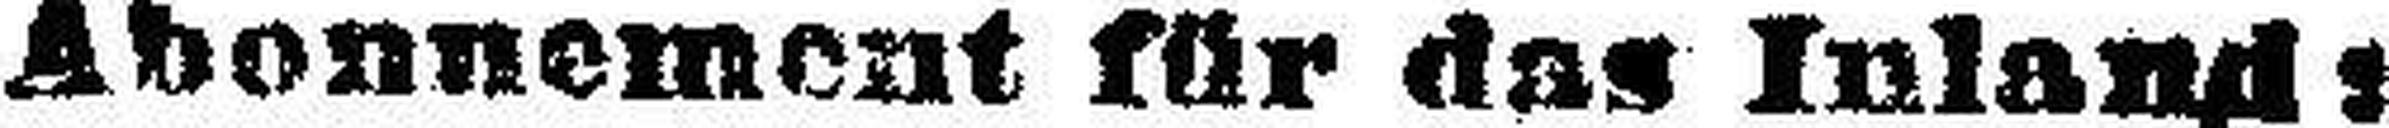
Abonnement für das Inland: